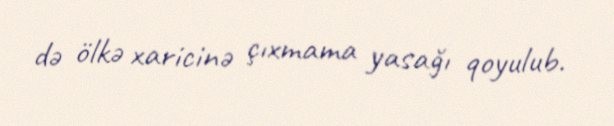
də ölkə xaricinə çıxmama yasağı qoyulub.